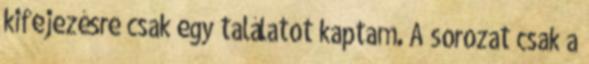
kifejezésre csak egy találatot kaptam. A sorozat csak a